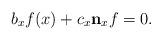
LaTeX: \begin{align*}b_xf(x) + c_x \mathbf n_x f = 0.\end{align*}